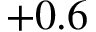
+ 0 . 6